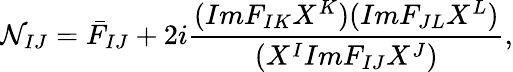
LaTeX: \mathcal{N}_{IJ}=\bar{{F}}_{IJ}+2i\frac{{(ImF_{IK}X^{K})(ImF_{JL}X^{L})}}{{(X^{I}ImF_{IJ}X^{J})}},